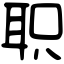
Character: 职